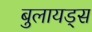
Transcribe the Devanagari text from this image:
बुलायड्स